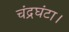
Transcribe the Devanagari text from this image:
चंद्रघंटा।